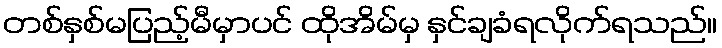
တစ်နှစ်မပြည့်မီမှာပင် ထိုအိမ်မှ နှင်ချခံရလိုက်ရသည်။